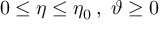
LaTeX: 0 \leq \eta \leq \eta _ { 0 } \, , \, \, \vartheta \geq 0